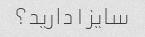
سایز l دارید؟